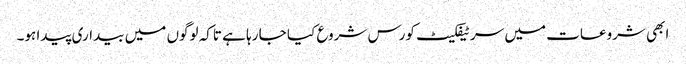
ابھی شروعات میں سرٹیفکیٹ کورس شروع کیا جا رہا ہے تاکہ لوگوں میں بیداری پیدا ہو۔